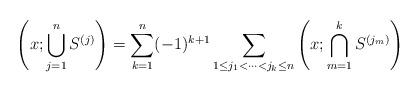
LaTeX: \begin{align*} \left(x; \bigcup_{j=1}^n S^{(j)}\right) = \sum_{k = 1}^{n} (-1)^{k+1} \sum_{1 \leq j_{1} < \cdots < j_{k} \leq n} \left(x; \bigcap_{m=1}^k S^{(j_{m})}\right) \end{align*}